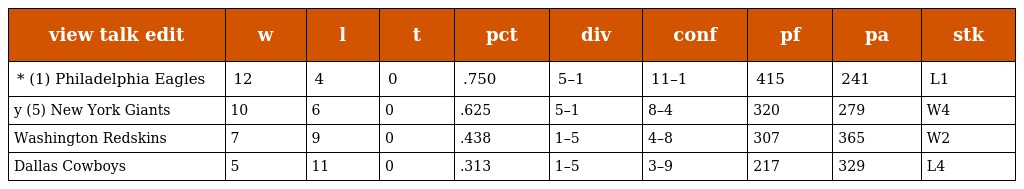
| view talk edit | w | l | t | pct | div | conf | pf | pa | stk |
 | --- | --- | --- | --- | --- | --- | --- | --- | --- | --- |
 | * (1) Philadelphia Eagles | 12 | 4 | 0 | .750 | 5–1 | 11–1 | 415 | 241 | L1 |
 | y (5) New York Giants | 10 | 6 | 0 | .625 | 5–1 | 8–4 | 320 | 279 | W4 |
 | Washington Redskins | 7 | 9 | 0 | .438 | 1–5 | 4–8 | 307 | 365 | W2 |
 | Dallas Cowboys | 5 | 11 | 0 | .313 | 1–5 | 3–9 | 217 | 329 | L4 |